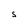
Character: S